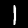
Label: 1